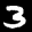
Label: 3